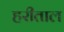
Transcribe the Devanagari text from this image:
हरीताल